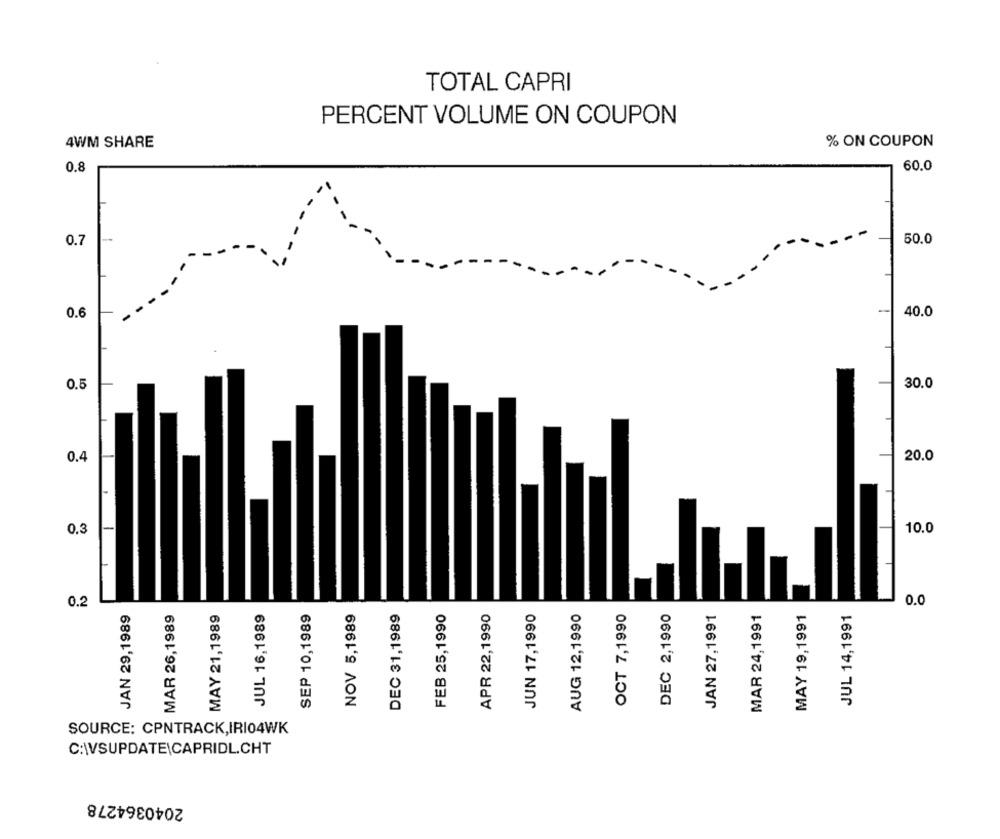
TOTAL CAPRI
PERCENT VOLUME ON COUPON
% ON COUPON
4WM SHARE
00
60.0
0.7
50.0
40.0
0.6
01
30.0
0.4
20.0
0.3
10.0
0.2
JUL 14,1991
0.0
JAN 29,1989
MAR 26,1989
MAY 21,1989
JUL 16,1989
SEP 10,1989
NOV 5,1989
DEC 31,1989
FEB 25,1990
APR 22,1990
JUN 17,1990
AUG 12,1990
OCT 7,1990
DEC 2,1990
JAN 27,1991
MAR 24,1991
MAY 19,1991
SOURCE: CPNTRACK,IRIO4WK
C:\VSUPDATE|CAPRIDL.CHT
2040364278